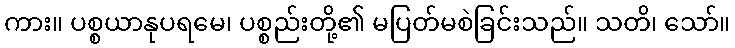
ကား။ ပစ္စယာနုပရမေ၊ ပစ္စည်းတို့၏ မပြတ်မစဲခြင်းသည်။ သတိ၊ သော်။